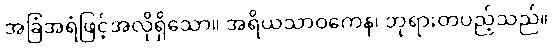
အခြံအရံဖြင့်အလိုရှိသော။ အရိယသာဝကေန၊ ဘုရားတပည့်သည်။